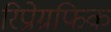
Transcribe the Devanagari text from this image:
रिप्रोग्रफिक